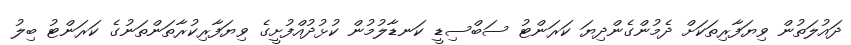
ދައުލަތުން ވިޔަފާރިތަކަށް ދެމުންގެންދިޔަ ކަރަންޓު ސަބްސިޑީ ކަނޑާލުމުން ކުޅުދުއްފުށީގެ ވިޔަފާރިކުރާތަންތަނުގެ ކަރަންޓު ބިލު